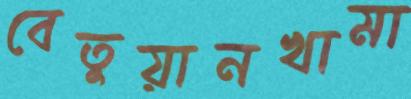
বেতুয়ানখামা